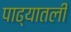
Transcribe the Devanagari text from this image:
पाढ्यातली